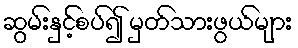
ဆွမ်းနှင့်စပ်၍ မှတ်သားဖွယ်များ